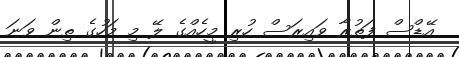
އޭޑްސް ފަތުރާ ވައިރަސް ހުރި މީހެއްގެ ލޭ މި މަހުގެ ތިން ވަނަ